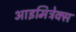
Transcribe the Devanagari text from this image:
आइमिट्रेक्स